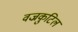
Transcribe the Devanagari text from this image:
वज्रकुटिल